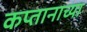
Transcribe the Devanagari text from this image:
कप्तानाच्या